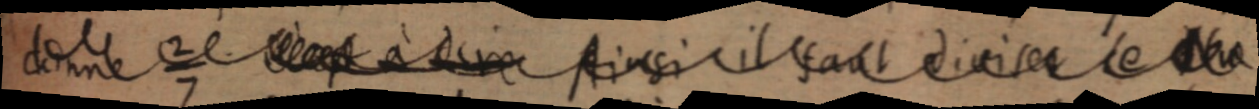
[donne ²⁄₇ c’est à drie Ainsi il faut divier le Num]